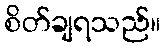
စိတ်ချရသည်။